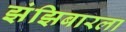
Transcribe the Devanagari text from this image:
झंझिबारला